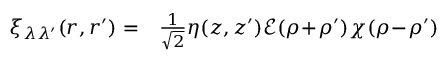
\begin{array} { r l } { \xi _ { \lambda \lambda ^ { \prime } } ( \boldsymbol { r } , \boldsymbol { r } ^ { \prime } ) = } & { { } \frac { 1 } { \sqrt { 2 } } \eta ( z , z ^ { \prime } ) \mathcal { E } ( \boldsymbol { \rho } \! + \! \boldsymbol { \rho } ^ { \prime } ) \chi ( \boldsymbol { \rho } \! - \! \boldsymbol { \rho } ^ { \prime } ) } \end{array}